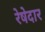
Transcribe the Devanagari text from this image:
रेषेदार